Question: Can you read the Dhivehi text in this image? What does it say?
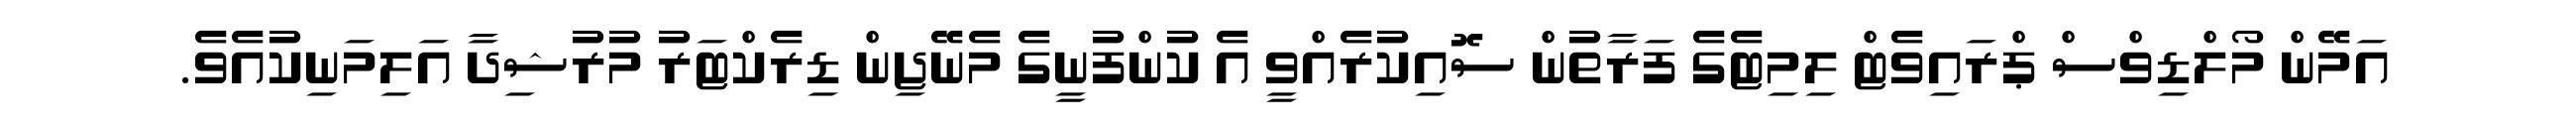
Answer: އަމޭން މޯލްޑިވްސް ޕްރައިވެޓް ލިމިޓެގެ ފަރާތުން ސޮއިކުރެއްވީ އެ ކުންފުނީގެ މެނޭޖިން ޑިރެކްޓަރު މުރުޝިދާ އަލިމަނިކުއެވެ.